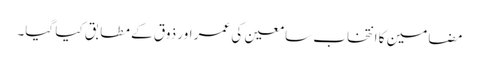
مضامین کا انتخاب سامعین کی عمر اور ذوق کے مطابق کیا گیا۔